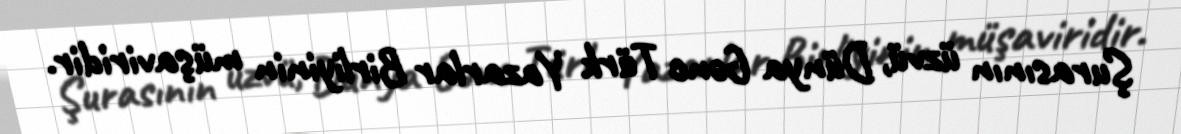
Şurasının üzvü, Dünya Gənc Türk Yazarlar Birliyinin müşaviridir.